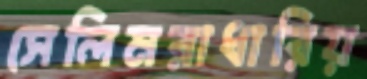
সেলিমরাধারিয়